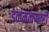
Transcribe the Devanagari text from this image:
डळमळणारी